Lunatic asylums Central Provinces reports 1895-1909 - 1895-1909
Year: 1895
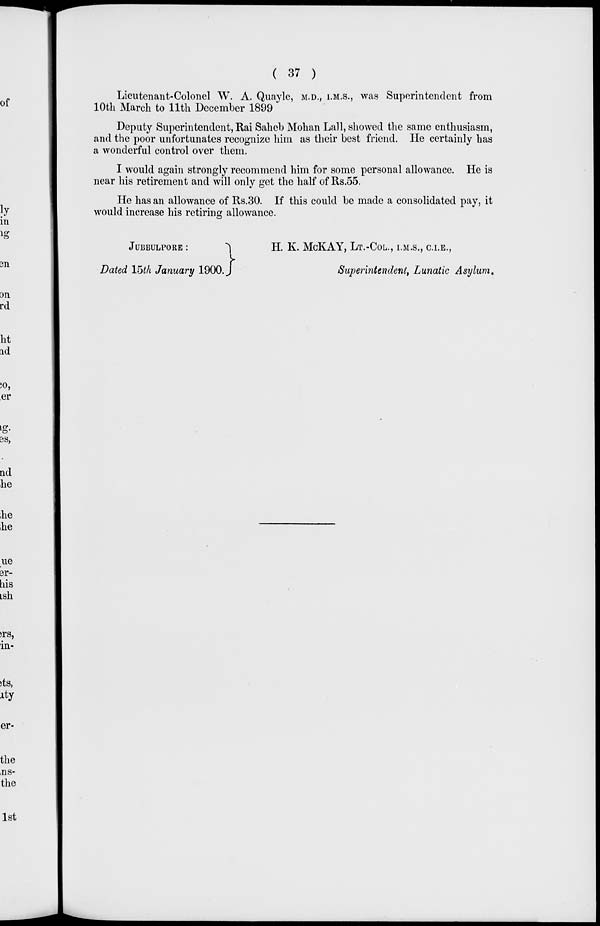
( 37 )
Lieutenant-Colonel W. A. Quayle, M.D., I.M.S., was Superintendent from
10th March to 11th December 1899
Deputy Superintendent, Rai Saheb Mohan Lall, showed the same enthusiasm,
and the poor unfortunates recognize him as their best friend. He certainly has
a wonderful control over them.
I would again strongly recommend him for some personal allowance. He is
near his retirement and will only get the half of Rs.55.
He has an allowance of Rs.30. If this could be made a consolidated pay, it
would increase his retiring allowance.
JUBBULPORE :
Dated 15th January 1900.
H. K. McKAY, LT.-COL., I.M.S., C.I.E.,
Superintendent, Lunatic Asylum.